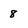
Character: 8